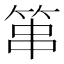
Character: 𥭾